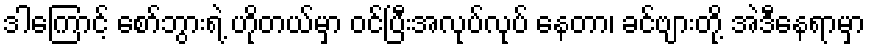
ဒါကြောင့် စော်ဘွားရဲ့ ဟိုတယ်မှာ ဝင်ပြီးအလုပ်လုပ် နေတာ၊ ခင်ဗျားတို့ အဲဒီနေရာမှာ